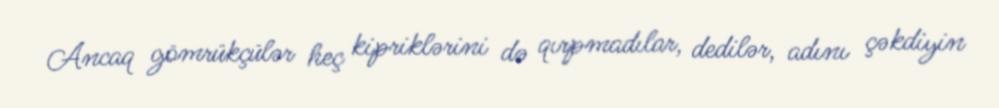
Ancaq gömrükçülər heç kipriklərini də qırpmadılar, dedilər, adını çəkdiyin